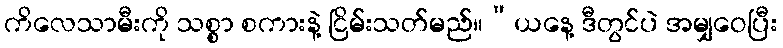
ကိလေသာမီးကို သစ္စာ စကားနဲ့ ငြိမ်းသတ်မည်။”ယနေ့ ဒီတွင်ပဲ အမျှဝေပြီး